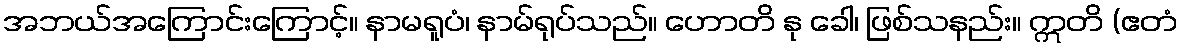
အဘယ်အကြောင်းကြောင့်။ နာမရူပံ၊ နာမ်ရုပ်သည်။ ဟောတိ နု ခေါ၊ ဖြစ်သနည်း။ ဣတိ (ဧတံ